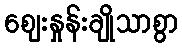
ဈေးနှုန်းချိုသာစွာ